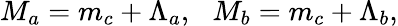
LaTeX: M_{a}=m_{c}+\Lambda_{a},\, \, \, \, M_{b}=m_{c}+\Lambda_{b},